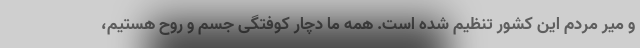
و میر مردم این کشور تنظیم شده است. همه ما دچار کوفتگی جسم و روح هستیم،